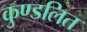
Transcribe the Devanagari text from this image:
कुण्डलित